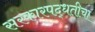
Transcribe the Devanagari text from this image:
सरकारपद्धतीचा